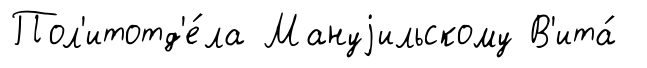
Пол'итотд'е́ла Мануjильскому В'ита́